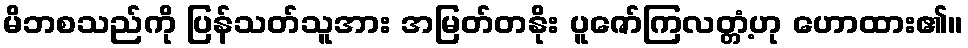
မိဘစသည်ကို ပြန်သတ်သူအား အမြတ်တနိုး ပူဇော်ကြလတ္တံ့ဟု ဟောထား၏။